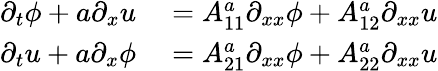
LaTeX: \begin{array}{rl}{\partial_{t}\phi+a\partial_{x}u}&{{}=A_{11}^{a}\partial_{xx}\phi+A_{12}^{a}\partial_{xx}u}\\ {\partial_{t}u+a\partial_{x}\phi}&{{}=A_{21}^{a}\partial_{xx}\phi+A_{22}^{a}\partial_{xx}u}\end{array}